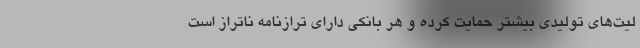
لیت‌های تولیدی بیشتر حمایت کرده و هر بانکی دارای ترازنامه ناتراز است